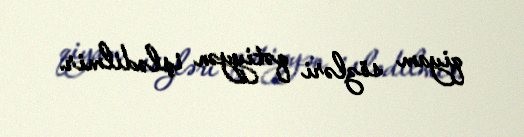
qiyam sözləri qətiyyən işlədilmir.